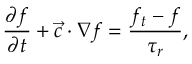
\frac { \partial f } { \partial t } + \vec { c } \cdot \nabla f = \frac { { { f } _ { t } } - f } { { { \tau } _ { r } } } ,